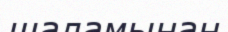
шаламынан